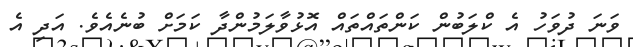
ވަނަ ދުވަހު އެ ކްލަބުން ކަންތައްތައް އޮޅުވާލަމުންދާ ކަމަށް ބުނެއެވެ. އަދި އެ